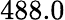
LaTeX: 488.0